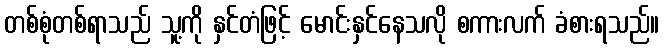
တစ်စုံတစ်ရာသည် သူ့ကို နှင်တံဖြင့် မောင်းနှင်နေသလို စကားလက် ခံစားရသည်။